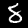
Digit: 8